Materia medica of Madras volume I
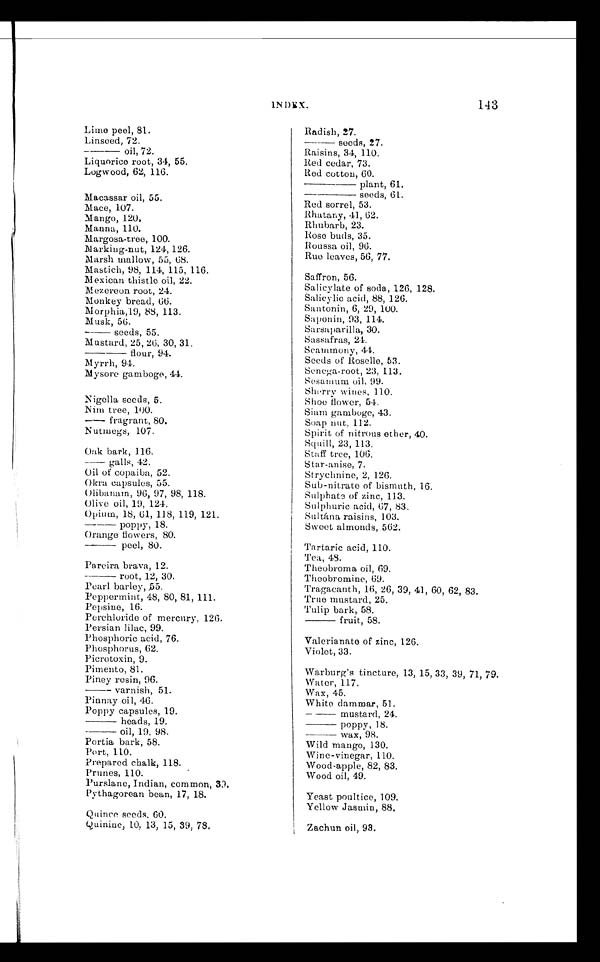
INDEX.
143
Lime peel, 81.
Linseed, 72.
——————oil, 72.
Liquorice root, 34, 55.
Logwood, 62, 116.
Macassar oil, 55.
Mace, 107.
Mango, 120,
Manna, 110.
Margosa-tree, 100.
Marking-nut, 124, 126.
Marsh mallow, 55, 68.
Mastich, 98, 114, 115, 116.
Mexican thistle oil, 22.
Mezereon root, 24.
Monkey bread, 66.
Morphia, 19, 88, 113.
Musk, 56.
—————— seeds, 55.
Mustard, 25, 26, 30, 31.
—————— flour, 94.
Myrrh, 94.
Mysore gamboge, 44.
Nigella seeds, 5.
Nim tree, 100.
——————fragrant, 80.
Nutmegs, 107.
Oak bark, 116.
—————— galls, 42.
Oil of copaiba, 52.
Okra capsules, 55.
Olibanam, 96, 97, 98, 118.
Olive oil, 19, 124.
Opium, 18, 61, 118, 119, 121.
—————— poppy, 18.
Orange flowers, 80.
—————— peel, 80.
Pareira brava, 12.
—————— root, 12, 30.
Pearl barley, 55.
Peppermint, 48, 80, 81, 111.
Pepsine, 16.
Perchloride of mercury, 126.
Persian lilac, 99.
Phosphoric acid, 76.
Phosphorus, 62.
Picrotoxin, 9.
Pimento, 81.
Piney resin, 96.
—————— varnish, 51.
Pinnay oil, 46.
Poppy capsules, 19.
—————— heads, 19.
—————— oil, 19, 98.
Portia bark, 58.
Port, 110.
Prepared chalk, 118.
Prunes, 110.
Purslane, Indian, common, 39.
Pythagorean bean, 17, 18.
Quince seeds. 60.
Quinine, 10, 13, 15, 39, 78.
Radish, 27.
—————— seeds, 27.
Raisins, 34, 110.
Red cedar, 73.
Red cotton, 60.
—————— plant, 61.
—————— seeds, 61.
Red sorrel, 53.
Rhatany, 41, 62.
Rhubarb, 23.
Rose buds, 35.
Roussa oil, 96.
Rue leaves, 56, 77.
Saffron, 56.
Salicylate of soda, 126, 128.
Salicylic acid, 88, 126.
Santonin, 6, 29, 100.
Saponin, 93, 114.
Sarsaparilla, 30.
Sassafras, 24.
Scammony, 44.
Seeds of Roselle, 53.
Senega-root, 23, 113.
Sesamum oil, 99.
Sherry wines, 110.
Shoe flower, 54.
Siam gamboge, 43.
Soap nut, 112.
Spirit of nitrous ether, 40.
Squill, 23, 113.
Staff tree, 106.
Star-anise, 7.
Strychnine, 2, 126.
Sub-nitrate of bismuth, 16.
Sulphate of zinc, 113.
Sulphuric acid, 67, 83.
Sultána raisins, 103.
Sweet almonds, 562.
Tartaric acid, 110.
Tea, 48.
Theobroma oil, 69.
Theobromine, 69.
Tragacanth, 16, 26, 39, 41, 60, 62, 83.
True mustard, 25.
Tulip bark, 58.
—— fruit, 58.
Valerianate of zinc, 126.
Violet, 33.
Warburg's tincture, 13, 15, 33, 39, 71, 79.
Water, 117.
Wax, 45.
White dammar, 51.
——————mustard, 24.
—————— poppy, 18.
—————— wax, 98.
Wild mango, 130.
Wine-vinegar, 110.
Wood-apple, 82, 83.
Wood oil, 49.
Yeast poultice, 109.
Y e l l o w J a s m i n , 8 8 .
Zachun oil, 93.